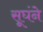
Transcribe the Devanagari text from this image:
सूघंने